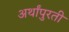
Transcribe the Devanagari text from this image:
अर्थांपुरती